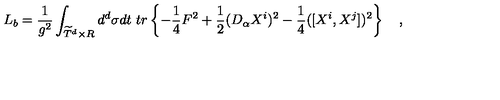
L _ { b } = { \frac { 1 } { g ^ { 2 } } } \int _ { \widetilde { T } ^ { d } \times R } d ^ { d } \sigma d t \ t r \left\{ - { \frac { 1 } { 4 } } F ^ { 2 } + { \frac { 1 } { 2 } } ( D _ { \alpha } X ^ { i } ) ^ { 2 } - { \frac { 1 } { 4 } } ( [ X ^ { i } , X ^ { j } ] ) ^ { 2 } \right\} \quad ,